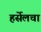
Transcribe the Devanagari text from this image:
हर्सेलचा